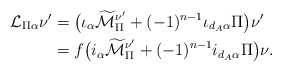
\begin{align*}\mathcal{L}_{\Pi\alpha}\nu^\prime&= \big(\iota_\alpha \widetilde{\mathcal{M}}_\Pi^{\nu^\prime}+ (-1)^{n-1}\iota_{d_A\alpha}\Pi\big)\nu^\prime\\&= f\big(i_\alpha \widetilde{\mathcal{M}}_\Pi^{\nu^\prime}+ (-1)^{n-1}i_{d_A\alpha}\Pi\big)\nu.\end{align*}